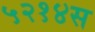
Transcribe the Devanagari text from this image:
५२१४स